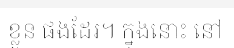
ខ្លួន ផងដែរ។ ក្នុងនោះ នៅ